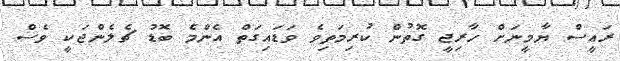
ރައީސް ޔާމީނަށް ހާރިޖީ ގޮތުން ކުރިމަތިވެ ވަަޑައިގަތް އެންމެ ބޮޑު ޗެލެންޖަކީ ވެސް